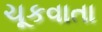
ચૂકવાતા